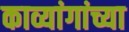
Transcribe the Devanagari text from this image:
काव्यांगांच्या